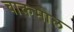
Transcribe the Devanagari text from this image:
चाकमोल